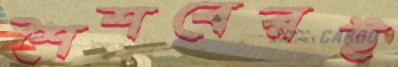
শৈশবেরই